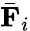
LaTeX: \bar{\mathbf{F}}_{i}